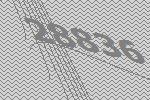
28836